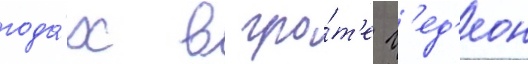
года́х в гро́т'е г'ед'еон